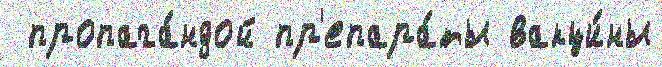
 пропага́ндой пр'епара́ты вакци́ны